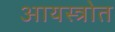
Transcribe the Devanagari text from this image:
आयस्त्रोत